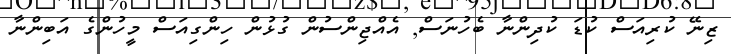
ޒިނޭ ކުރިއަސް ކުޑަ ކުދިންނާ ބެހުނަސް